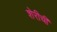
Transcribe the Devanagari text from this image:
शेरीची